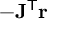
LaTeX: - \mathbf { J } ^ { \mathsf { T } } \mathbf { r }